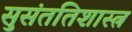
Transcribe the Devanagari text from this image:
सुसंततिशास्त्र